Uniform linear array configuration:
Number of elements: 8
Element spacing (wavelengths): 0.5
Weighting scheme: binomial
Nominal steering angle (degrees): -45
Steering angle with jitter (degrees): -46.486
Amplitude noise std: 0.05
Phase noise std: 0.05

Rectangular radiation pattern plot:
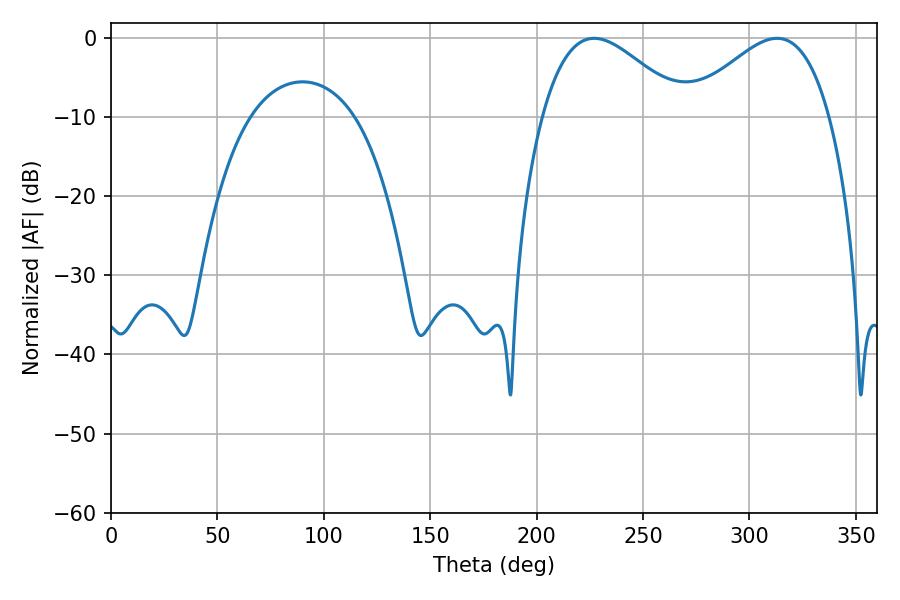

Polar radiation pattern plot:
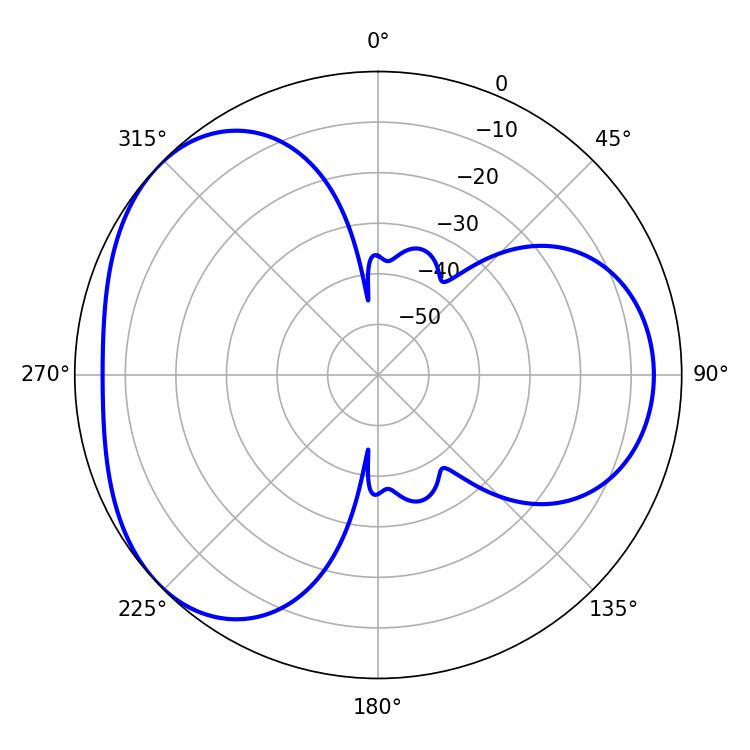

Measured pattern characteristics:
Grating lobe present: FALSE
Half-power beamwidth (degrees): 36.18
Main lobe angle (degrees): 313.02